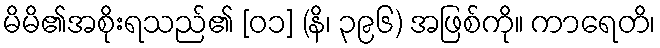
မိမိ၏အစိုးရသည်၏ [၀၁] (နိ၊ ၃၉၆) အဖြစ်ကို။ ကာရေတိ၊